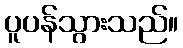
ပူပန်သွားသည်။